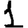
Digit: 1